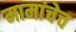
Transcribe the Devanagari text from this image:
मामांचेच